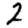
Digit: 2